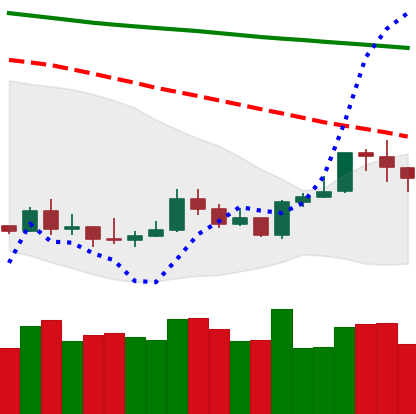
Ticker: ETH-USD
Chart end date: 2020-01-09
Forward return: 19.41%
Label: up_7plus